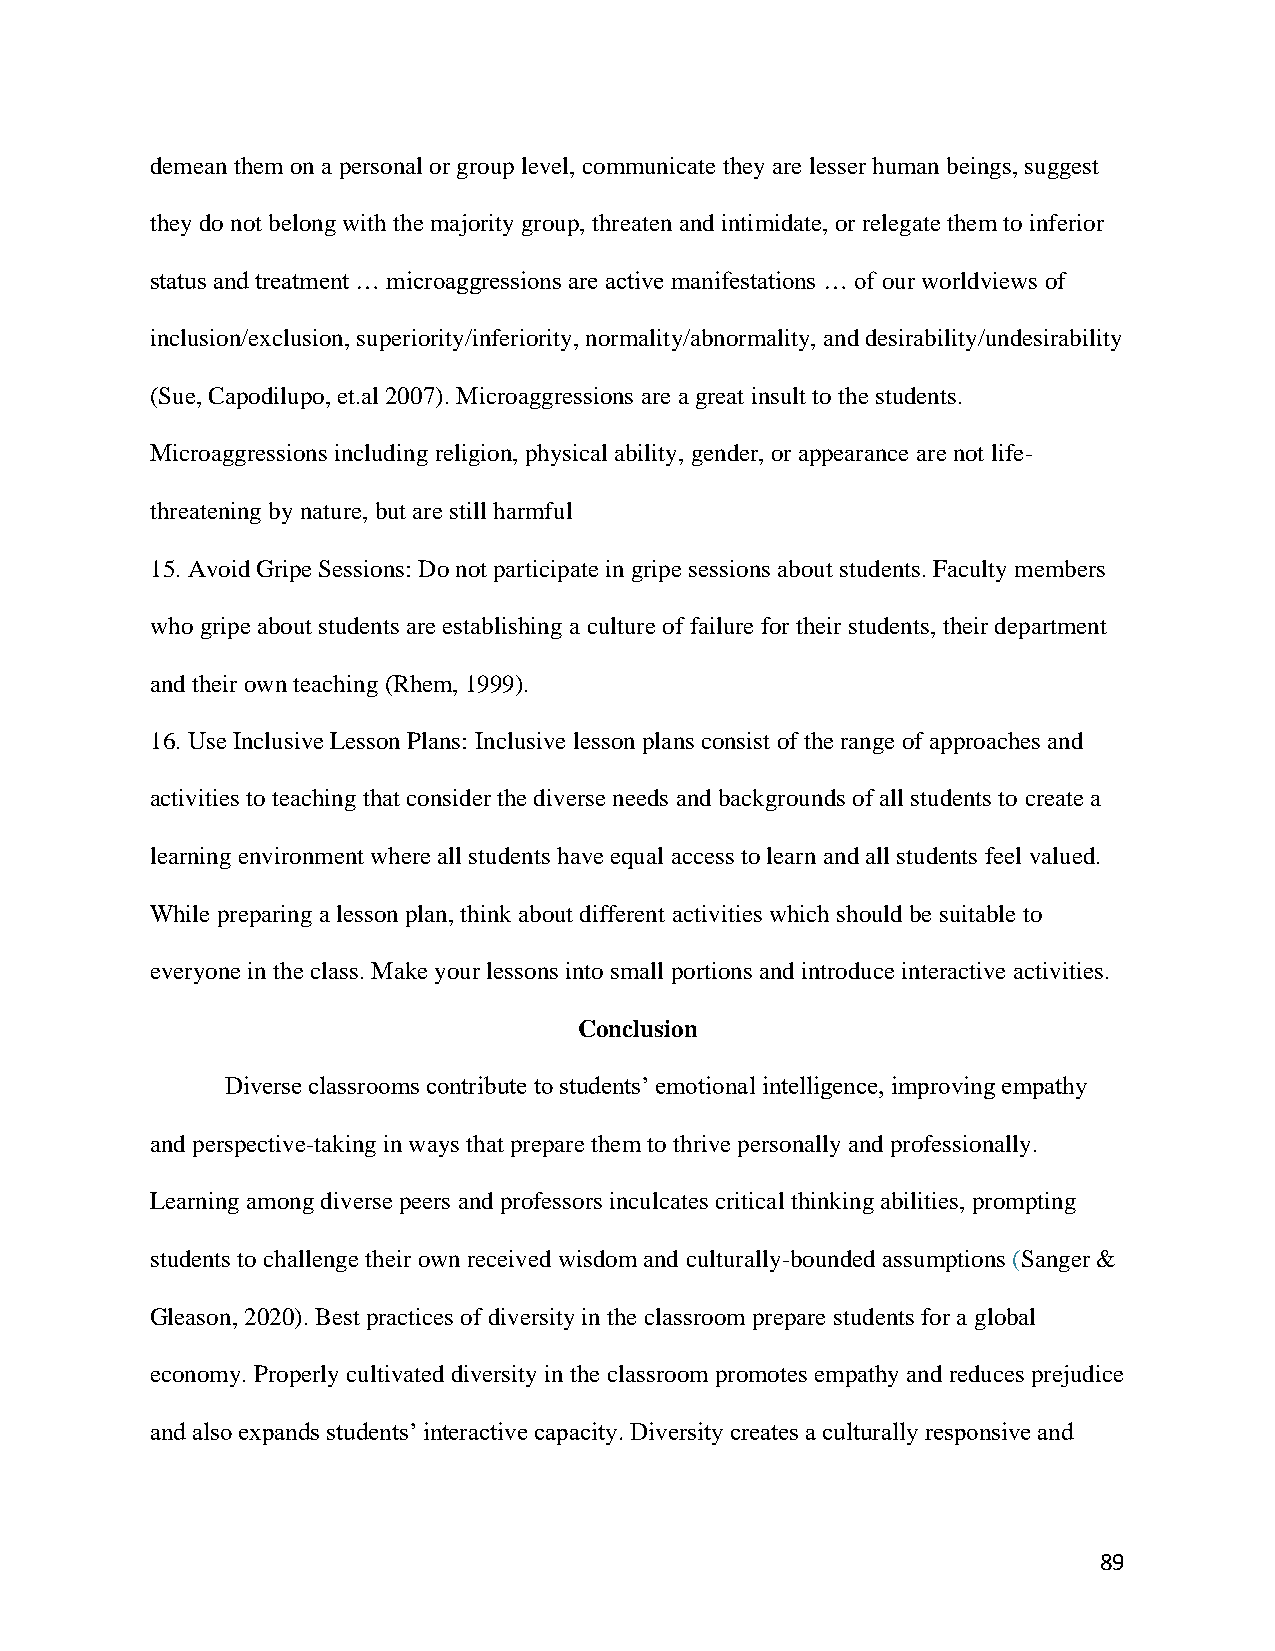
demean them on a personal or group level, communicate they are lesser human beings, suggest
 they do not belong with the majority group, threaten and intimidate, or relegate them to inferior
 status and treatment … microaggressions are active manifestations … of our worldviews of
 inclusion/exclusion, superiority/inferiority, normality/abnormality, and desirability/undesirability
 (Sue, Capodilupo, et.al 2007). Microaggressions are a great insult to the students.
 Microaggressions including religion, physical ability, gender, or appearance are not life-
 threatening by nature, but are still harmful
 15. Avoid Gripe Sessions: Do not participate in gripe sessions about students. Faculty members
 who gripe about students are establishing a culture of failure for their students, their department
 and their own teaching (Rhem, 1999).
 16. Use Inclusive Lesson Plans: Inclusive lesson plans consist of the range of approaches and
 activities to teaching that consider the diverse needs and backgrounds of all students to create a
 learning environment where all students have equal access to learn and all students feel valued.
 While preparing a lesson plan, think about different activities which should be suitable to
 everyone in the class. Make your lessons into small portions and introduce interactive activities.
 Conclusion
 Diverse classrooms contribute to students’ emotional intelligence, improving empathy
 and perspective-taking in ways that prepare them to thrive personally and professionally.
 Learning among diverse peers and professors inculcates critical thinking abilities, prompting
 students to challenge their own received wisdom and culturally-bounded assumptions (Sanger &
 Gleason, 2020). Best practices of diversity in the classroom prepare students for a global
 economy. Properly cultivated diversity in the classroom promotes empathy and reduces prejudice
 and also expands students’ interactive capacity. Diversity creates a culturally responsive and
 89